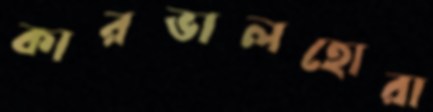
কারভালহোরা